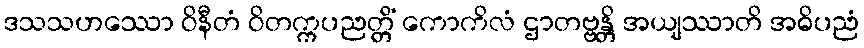
ဒသသဟဿော ဝိနီတံ ဝိတက္ကပညတ္တိံ ကောကိလံ ဌာတဗ္ဗန္တိ အယျဿာတိ အဓိပညံ